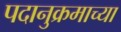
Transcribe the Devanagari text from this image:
पदानुक्रमाच्या